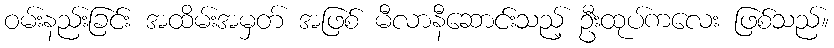
ဝမ်းနည်းခြင်း အထိမ်းအမှတ် အဖြစ် မီလာနီဆောင်းသည့် ဦးထုပ်ကလေး ဖြစ်သည်။